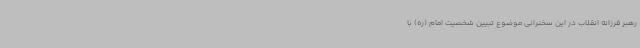
رهبر فرزانه انقلاب در این سخنرانی موضوع تبیین شخصیت امام (ره) با